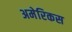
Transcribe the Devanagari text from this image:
अमेरिकस